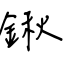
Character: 鍬